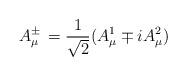
LaTeX: \begin{align*} A^{\pm}_{\mu}\, = \frac{1}{\sqrt{2}}(A_{\mu}^{1}\mp i A_{\mu}^{2})\end{align*}